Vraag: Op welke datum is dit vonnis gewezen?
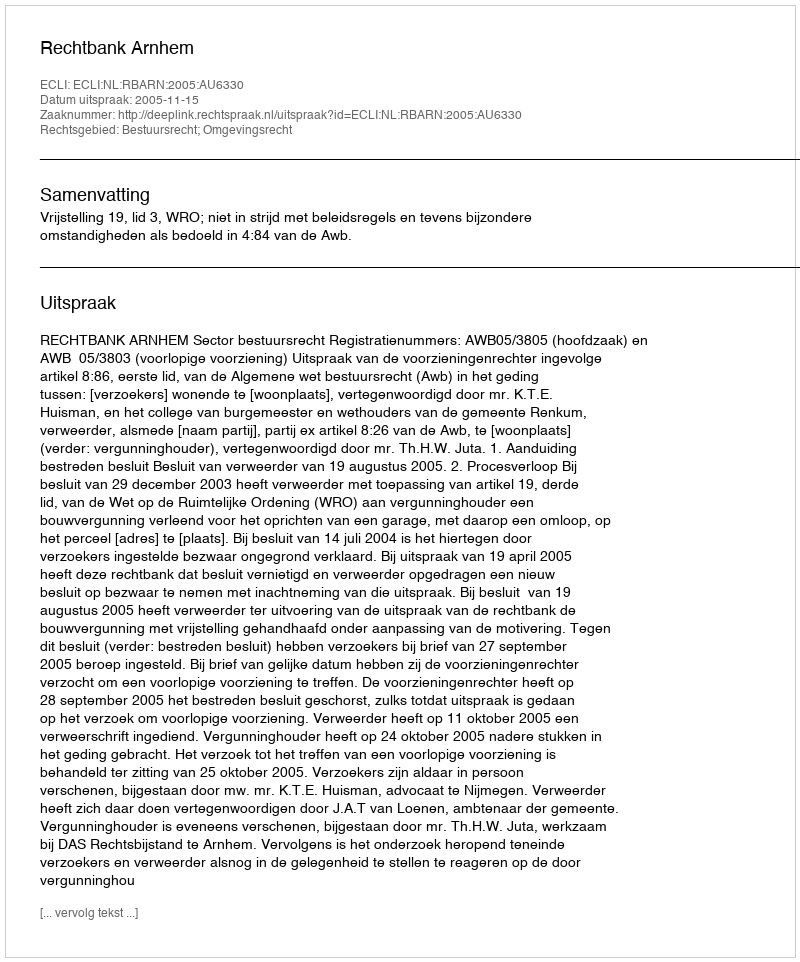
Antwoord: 2005-11-15